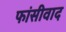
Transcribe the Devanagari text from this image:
फांसीवाद